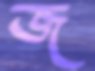
জ